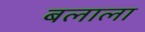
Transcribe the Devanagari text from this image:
बलाला